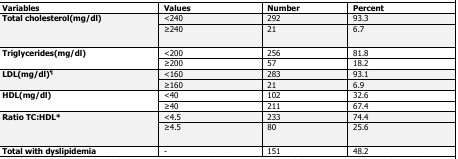
<table><thead><tr><td><b>Variables</b></td><td><b>Values</b></td><td><b>Number</b></td><td><b>Percent</b></td></tr></thead><tbody><tr><td rowspan="2"><b>Total cholesterol(mg/dl)</b></td><td>&lt;240</td><td>292</td><td>93.3</td></tr><tr><td>≥240</td><td>21</td><td>6.7</td></tr><tr><td rowspan="2"><b>Triglycerides(mg/dl)</b></td><td>&lt;200</td><td>256</td><td>81.8</td></tr><tr><td>≥200</td><td>57</td><td>18.2</td></tr><tr><td rowspan="2"><b>LDL(mg/dl)</b><sup><b>¶</b></sup></td><td>&lt;160</td><td>283</td><td>93.1</td></tr><tr><td>≥160</td><td>21</td><td>6.9</td></tr><tr><td rowspan="2"><b>HDL(mg/dl)</b></td><td>&lt;40</td><td>102</td><td>32.6</td></tr><tr><td>≥40</td><td>211</td><td>67.4</td></tr><tr><td rowspan="2"><b>Ratio TC:HDL*</b></td><td>&lt;4.5</td><td>233</td><td>74.4</td></tr><tr><td>≥4.5</td><td>80</td><td>25.6</td></tr><tr><td><b>Total with dyslipidemia</b></td><td>–</td><td>151</td><td>48.2</td></tr></tbody></table>